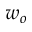
w _ { o }